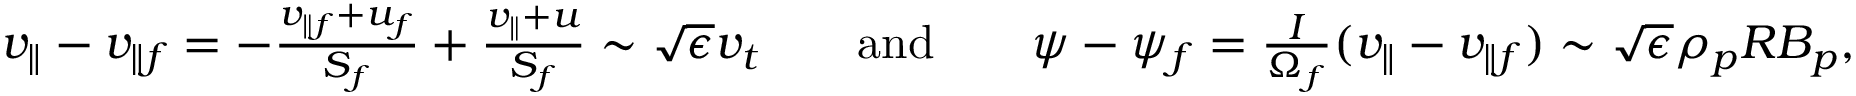
\begin{array} { r l r l r } { v _ { \parallel } - v _ { \parallel f } = - \frac { v _ { \parallel f } + u _ { f } } { S _ { f } } + \frac { v _ { \parallel } + u } { S _ { f } } \sim \sqrt { \epsilon } v _ { t } } & { } & { \mathrm { a n d } } & { } & { \psi - \psi _ { f } = \frac { I } { \Omega _ { f } } ( v _ { \parallel } - v _ { \parallel f } ) \sim \sqrt { \epsilon } \rho _ { p } R B _ { p } , } \end{array}